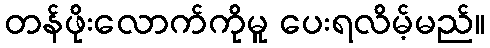
တန်ဖိုးလောက်ကိုမူ ပေးရလိမ့်မည်။